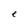
Character: e